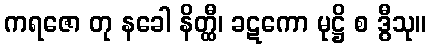
ကရဇော တု နခေါ နိတ္ထီ၊ ခဋကော မုဋ္ဌိ စ ဒွီသု။